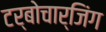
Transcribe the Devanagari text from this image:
टर्बोचार्जिंग